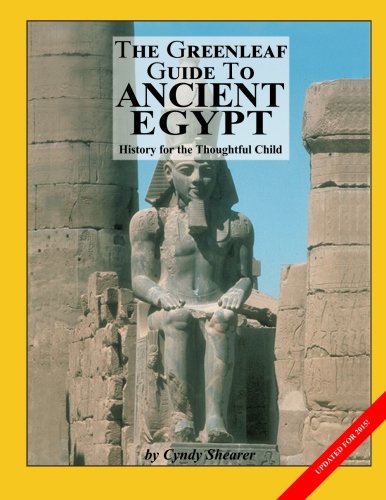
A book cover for The Greenleaf Guide to Ancient Egypt (Greenleaf Guides); Cyndy Shearer; Children's Books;